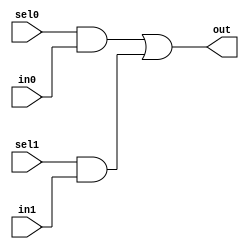
// This program was cloned from: https://github.com/siliconcompiler/lambdalib
// License: MIT License

//#############################################################################
//# Function: 2-Input one-hot vectorized mux                                  #
//# Copyright: Lambda Project Authors. All rights Reserved.                   #
//# License:  MIT (see LICENSE file in Lambda repository)                     #
//#############################################################################

module la_vmux2 #(
    parameter N    = 1,         // width of mux
    parameter PROP = "DEFAULT"  // cell property
) (
    input          sel1,
    input          sel0,
    input  [N-1:0] in1,
    input  [N-1:0] in0,
    output [N-1:0] out    //selected data output
);

    assign out[N-1:0] = ({(N) {sel0}} & in0[N-1:0] | {(N) {sel1}} & in1[N-1:0]);

endmodule